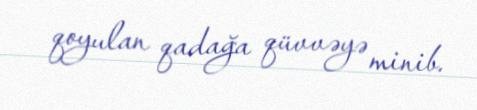
qoyulan qadağa qüvvəyə minib.